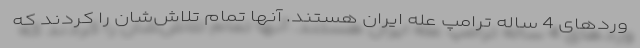
وردهای 4 ساله ترامپ عله ایران هستند. آنها تمام تلاش‌شان را کردند که